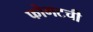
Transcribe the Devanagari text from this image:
फोगटची